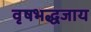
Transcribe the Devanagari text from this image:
वृषभद्धजाय